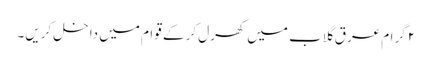
۲ گرام عرقِ گلاب میں کھرل کر کے قوام میں داخل کریں۔